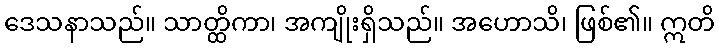
ဒေသနာသည်။ သာတ္ထိကာ၊ အကျိုးရှိသည်။ အဟောသိ၊ ဖြစ်၏။ ဣတိ